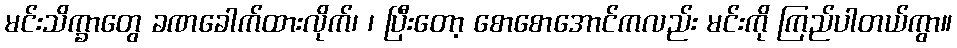
မင်းသိက္ခာတွေ ခဏခေါက်ထားလိုက်၊ ၊ ပြီးတော့ စောစောအောင်ကလည်း မင်းကို ကြည်ပါတယ်ကွာ။